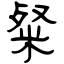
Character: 粲